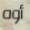
أوه